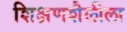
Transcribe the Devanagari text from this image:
शिक्षणशैलीला